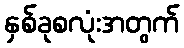
နှစ်ခုစလုံးအတွက်